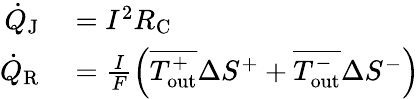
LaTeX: \begin{array}{rl}{\dot{Q}_{\textrm{J}}}&{{}=I^{2}R_{\textrm{C}}}\\ {\dot{Q}_{\textrm{R}}}&{{}=\frac{I}{F}\left(\overline{{T_{\textrm{out}}^{+}}}\Delta S^{+}+\overline{{T_{\textrm{out}}^{-}}}\Delta S^{-}\right)}\end{array}